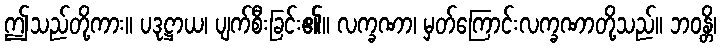
ဤသည်တို့ကား။ ပဒုဋ္ဌာယ၊ ပျက်စီးခြင်း၏။ လက္ခဏာ၊ မှတ်ကြောင်းလက္ခဏာတို့သည်။ ဘဝန္တိ၊